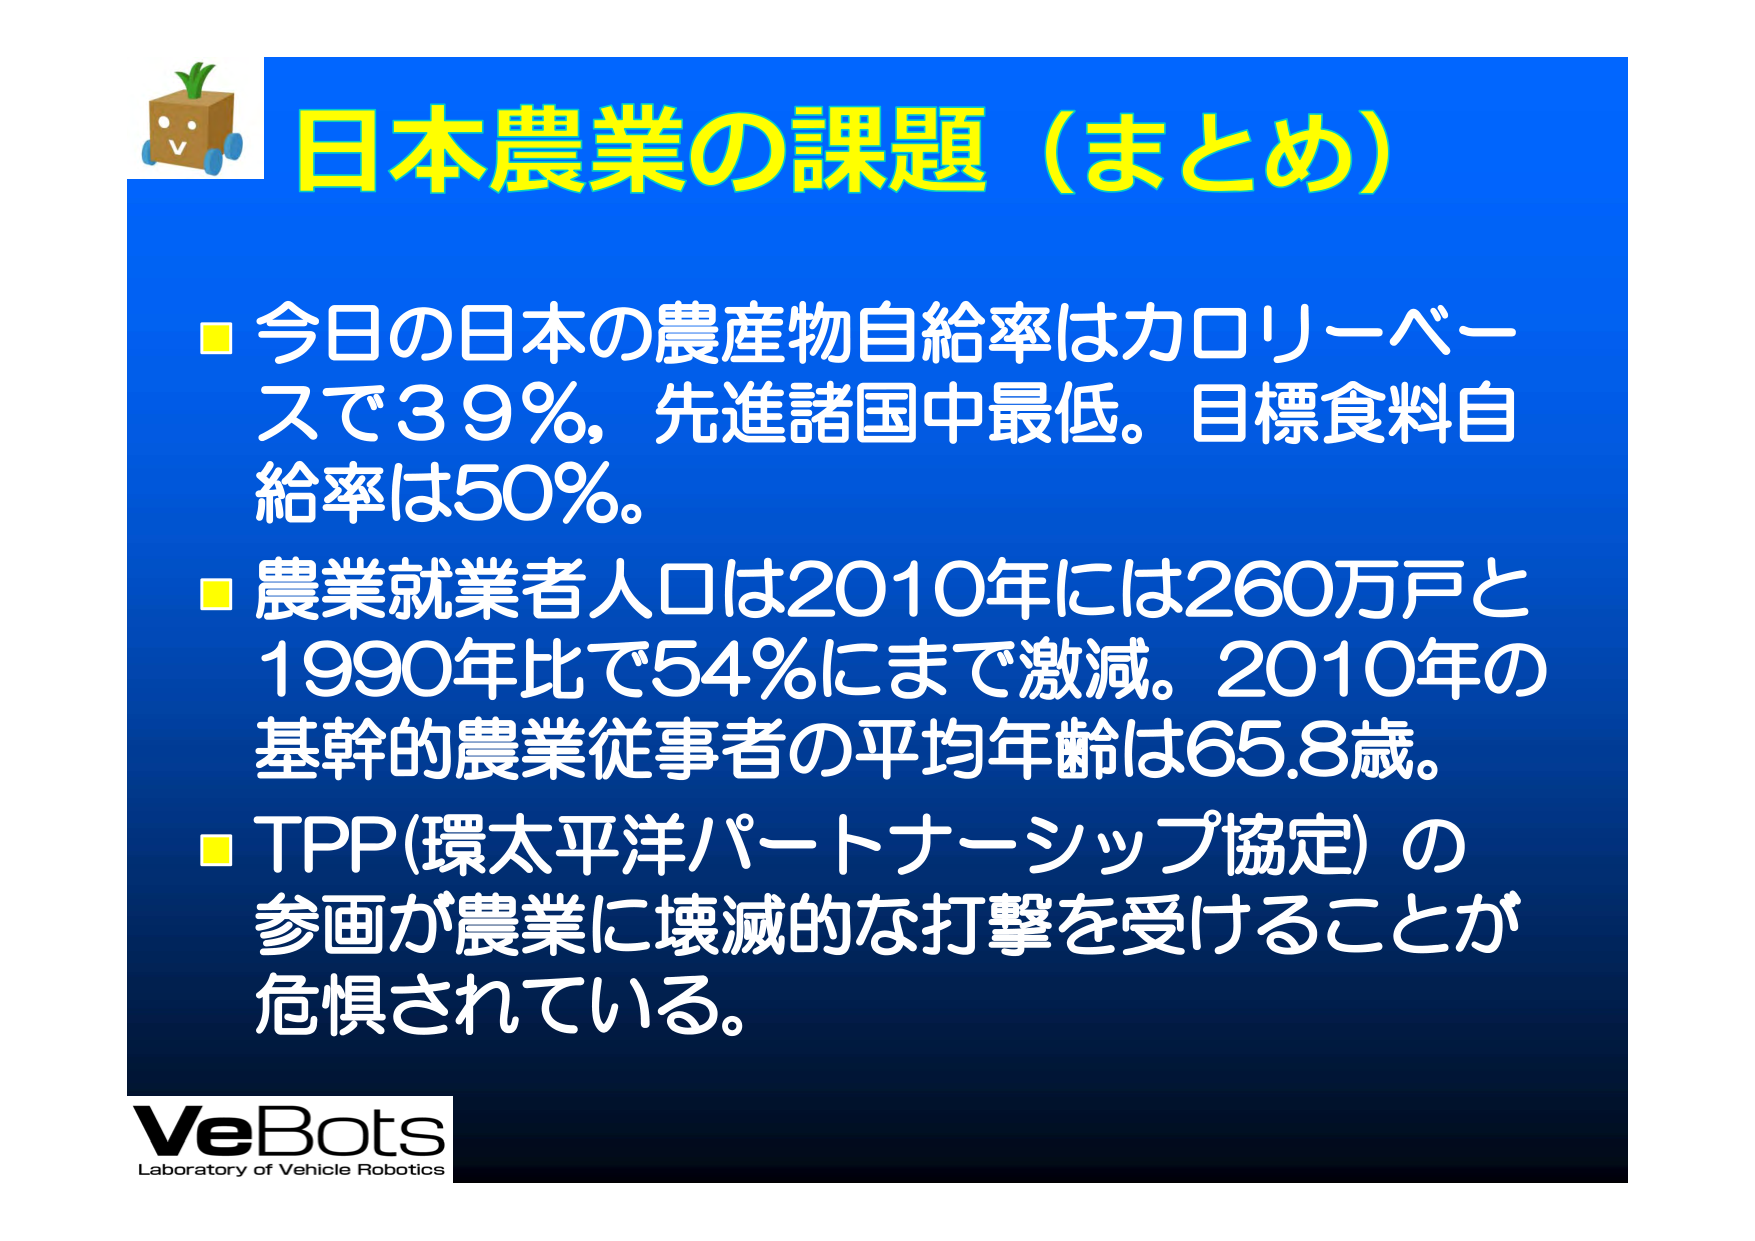
日本農業の課題（まとめ）

■ 今日の日本の農産物自給率はカロリーベースで39％，先進諸国中最低。目標食料自給率は50％。

■ 農業就業者人口は2010年には260万戸と1990年比で54％にまで激減。2010年の基幹的農業従事者の平均年齢は65.8歳。

■ TPP（環太平洋パートナーシップ協定）の参画が農業に壊滅的な打撃を受けることが危惧されている。

VeBots
Laboratory of Vehicle Robotics